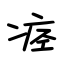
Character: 痉